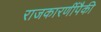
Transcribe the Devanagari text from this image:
राजकारणींपैकी